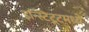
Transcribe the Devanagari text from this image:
इन्स्टिटूटमध्ये